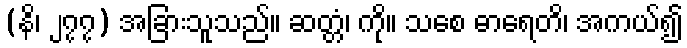
(နိ၊ ၂၇၇) အခြားသူသည်။ ဆတ္တံ၊ ကို။ သစေ ဓာရေတိ၊ အကယ်၍